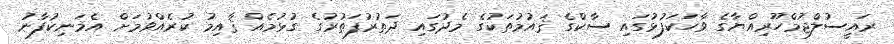
ރައީސުލްޖުމްހޫރިއްޔާގެ ވާހަކަފުޅުގައި ސާކްގެ ޤައުމުތަކުގެ މެދުގައި ދަތުރުފަތުރުގެ ގުޅުމެއް ޤާއިމު ކުރެއްވުމަށް އެމަނިކުފާނު